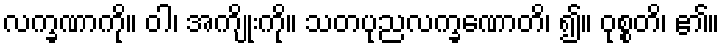
လက္ခဏာကို။ ဝါ၊ အကျိုးကို။ သတပုညလက္ခဏောတိ၊ ၍။ ဝုစ္စတိ၊ ၏။